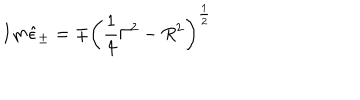
LaTeX: I m \hat { \epsilon } _ { \pm } = \mp \left( \frac 1 4 \Gamma ^ { 2 } - R ^ { 2 } \right) ^ { \frac 1 2 }